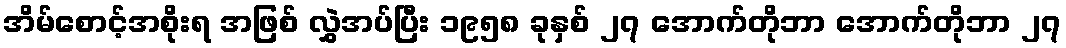
အိမ်စောင့်အစိုးရ အဖြစ် လွှဲအပ်ပြီး ၁၉၅၈ ခုနှစ် ၂၇ အောက်တိုဘာ အောက်တိုဘာ ၂၇